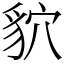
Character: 貁